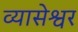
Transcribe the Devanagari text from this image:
व्यासेश्वर